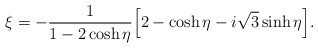
\begin{align*}\xi=-\frac{1}{1-2\cosh\eta}\Bigl[2-\cosh\eta-i\sqrt{3}\sinh\eta\Bigr].\end{align*}